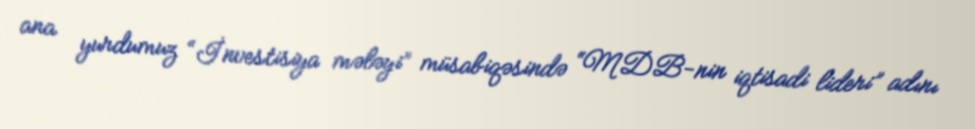
ana yurdumuz “İnvestisiya mələyi” müsabiqəsində “MDB-nin iqtisadi lideri” adını